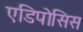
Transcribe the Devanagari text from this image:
एडिपोसिस